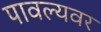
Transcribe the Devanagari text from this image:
पावल्यवर